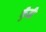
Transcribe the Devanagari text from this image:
कुँडी